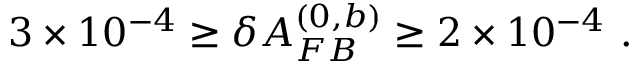
3 \times 1 0 ^ { - 4 } \geq \delta A _ { F B } ^ { ( 0 , b ) } \geq 2 \times 1 0 ^ { - 4 } ~ .